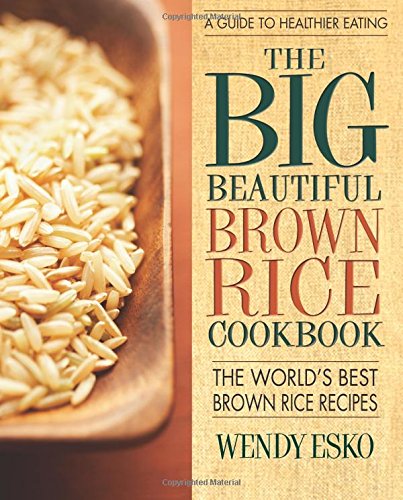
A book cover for The Big Beautiful Brown Rice Cookbook: Really Quick & Easy Brown Rice Recipes; Wendy Esko; Cookbooks, Food & Wine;